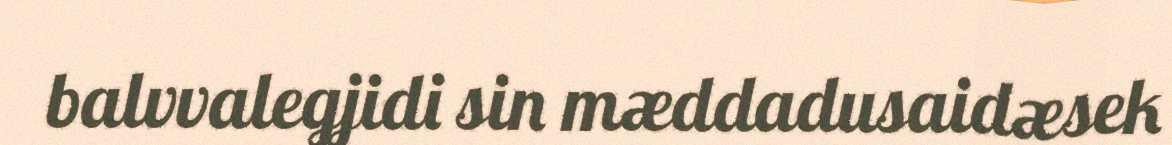
balvvalegjidi sin mæddadusaidæsek